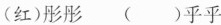
(红)彤彤 ( )乎乎